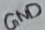
Text: GND